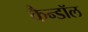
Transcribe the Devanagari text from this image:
कैन्डॉल